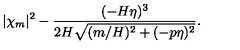
| \chi _ { m } | ^ { 2 } - \frac { ( - H \eta ) ^ { 3 } } { 2 H \sqrt { ( m / H ) ^ { 2 } + ( - p \eta ) ^ { 2 } } } .